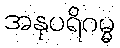
အနုပရိဂမ္မ